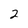
Character: 2